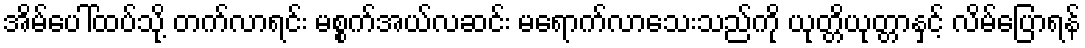
အိမ်ပေါ်ထပ်သို့ တက်လာရင်း မစ္စက်အယ်လဆင်း မရောက်လာသေးသည်ကို ယုတ္တိယုတ္တာနှင့် လိမ်ပြောရန်